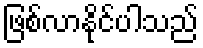
ဖြစ်လာနိုင်ပါသည်